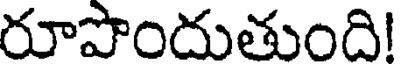
రూపొందుతుంది!